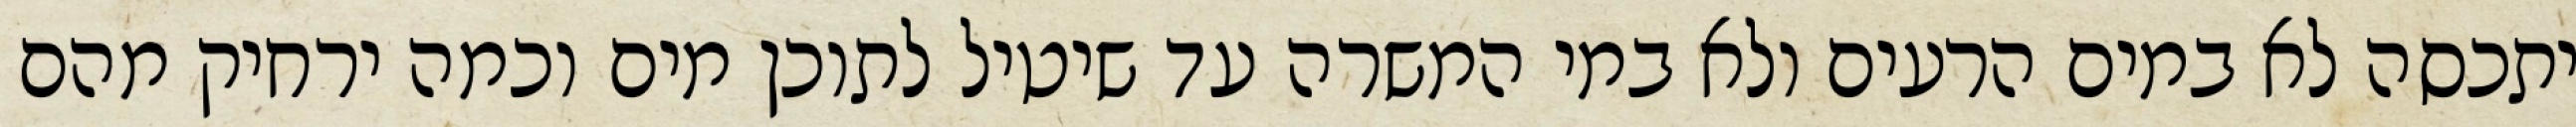
יתכסה לא במים הרעים ולא במי המשרה עד שיטיל לתוכן מים וכמה ירחיק מהם